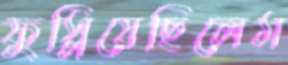
ফুস্‌লিয়েছিলেম